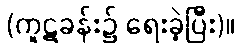
(ကူဋခန်း၌ ရေးခဲ့ပြီး)။